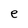
Character: e